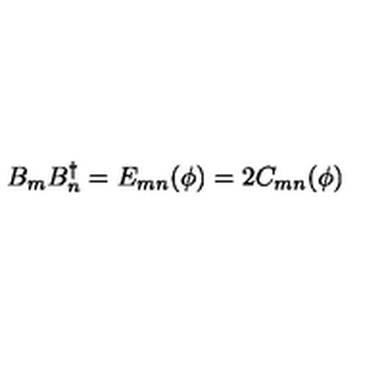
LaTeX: B _ { m } B _ { n } ^ { \dagger } = E _ { m n } ( \phi ) = 2 C _ { m n } ( \phi )